Report on sanitation, dispensaries, and jails in Rajputana for 1912, and on vaccination for the year 1912-1913 - 1912-1913
Year: 1912
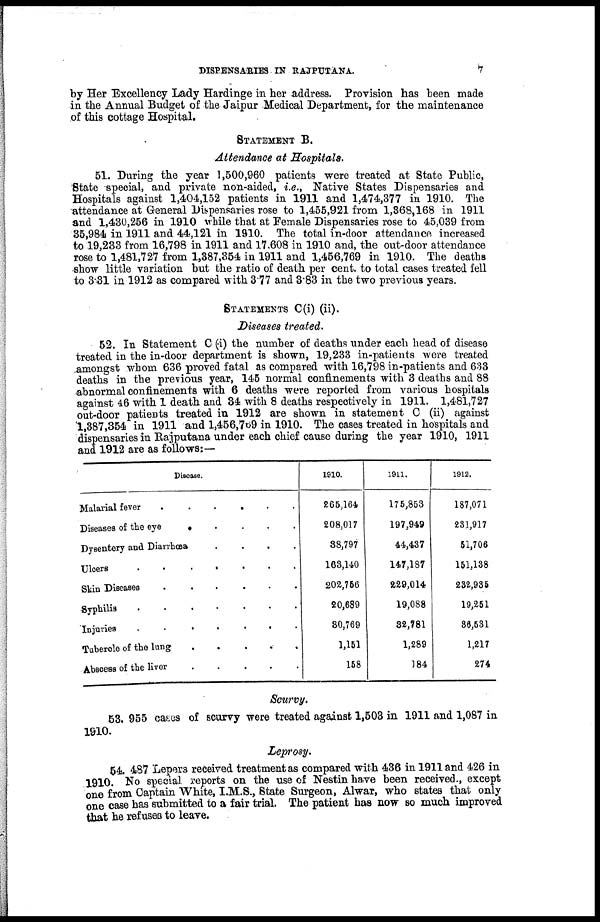
DISPENSARIES IN RAJPUTANA.
7
by Her Excellency Lady Hardinge in her address. Provision has been made
in the Annual Budget of the Jaipur Medical Department, for the maintenance
of this cottage Hospital.
STATEMENT B.
Attendance at Hospitals.
51. During the year 1,500,960 patients were treated at State Public,
State special, and private non-aided, i.e., Native States Dispensaries and
Hospitals against 1,404,152 patients in 1911 and 1,474,377 in 1910. The
attendance at General Dispensaries rose to 1,455,921 from 1,368,168 in 1911
and 1,430,256 in 1910 while that at Female Dispensaries rose to 45,039 from
35,984 in 1911 and 44,121 in 1910. The total in-door attendance increased
to 19,233 from 16,798 in 1911 and 17,608 in 1910 and, the out-door attendance
rose to 1,481,727 from 1,387,354 in 1911 and 1,456,769 in 1910. The deaths
show little variation but the ratio of death per cent. to total cases treated fell
to 3.31 in 1912 as compared with 3.77 and 3.83 in the two previous years.
STATEMENTS C(i) (ii).
Diseases treated.
52. In Statement C (i) the number of deaths under each head of disease
treated in the in-door department is shown, 19,233 in-patients were treated
amongst whom 636 proved fatal as compared with 16,798 in-patients and 633
deaths in the previous year, 145 normal confinements with 3 deaths and 88
abnormal confinements with 6 deaths were reported from various hospitals
against 46 with 1 death and 34 with 8 deaths respectively in 1911. 1,481,727
out-door patients treated in 1912 are shown in statement C (ii) against
1,387,354 in 1911 and 1,456,769 in 1910. The cases treated in hospitals and
dispensaries in Rajputana under each chief cause during the year 1910, 1911
and 1912 are as follows:—
Disease.
Malarial fever . . . . . .
Diseases of the eye . . . . .
Dysentery and Diarrhoea
.
.
.
.
.
Uloers
.
.
.
.
.
.
Skin Diseases
.
.
.
.
.
.
Syphilis
.
.
.
.
.
.
.
Injuries
.
.
.
.
.
.
Tubercle of the lung
.
.
.
.
.
Abscess of the liver
.
.
.
.
.
1910.
266,164
208,017
38,797
163,140
202,756
20,689
30,769
1,151
158
1911.
175,853
197,949
44,487
147,187
229,014
19,088
82,781
1,289
184
1912.
187,071
231,917
51,706
151,138
232,935
19,251
36,531
1,217
274
Scurvy.
53. 955 cases of scurvy were treated against 1,503 in 1911 and 1,087 in
1910.
Leprosy.
54. 487 Lepers received treatment as compared with 436 in 1911 and 426 in
1910. No special reports on the use of Nestin have been received., except
one from Captain White, I.M.S., State Surgeon, Alwar, who states that only
one case has submitted to a fair trial. The patient has now so much improved
that he refuses to leave.